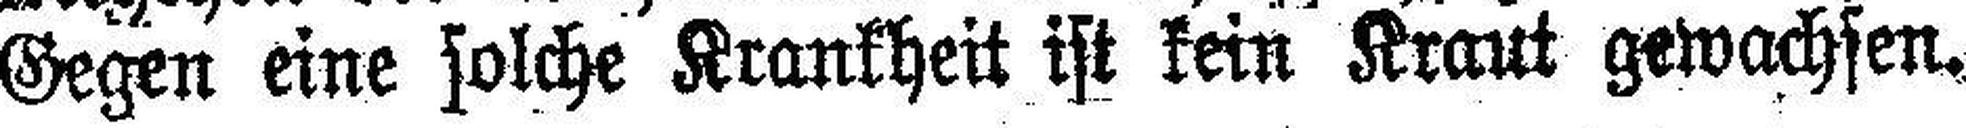
Gegen eine solche Krankheit ist kein Kraut gewachsen.